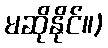
မဆိုနိုင်။)